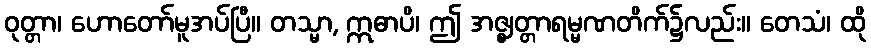
ဝုတ္တာ၊ ဟောတော်မူအပ်ပြီ။ တသ္မာ, ဣဓာပိ၊ ဤ အဇ္ဈတ္တာရမ္မဏတိက်၌လည်း။ တေသံ၊ ထို